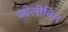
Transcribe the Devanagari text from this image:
ओलीविन